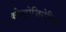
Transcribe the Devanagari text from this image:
कोन्ड्रोजिनेसिस